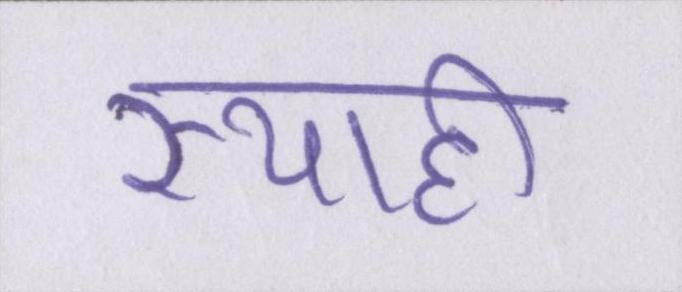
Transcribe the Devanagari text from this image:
स्याही